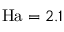
\mathrm { H a } = 2 . 1